Annual administration report of the Bombay Presidency - 1887-1892
Year: 1887
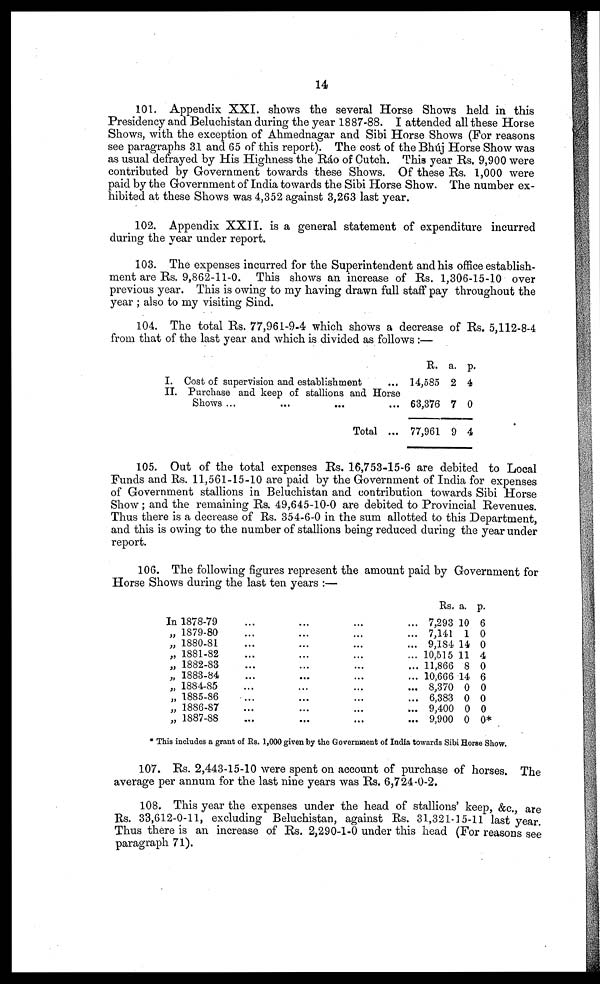
14
101. Appendix XXI. shows the several Horse Shows held in this
Presidency and Beluchistan during the year 1887-88. I attended all these Horse
Shows, with the exception of Ahmednagar and Sibi Horse Shows (For reasons
see paragraphs 31 and 65 of this report). The cost of the Bhúj Horse Show was
as usual defrayed by His Highness the Ráo of Cutch. This year Rs. 9,900 were
contributed by Government towards these Shows. Of these Rs. 1,000 were
paid by the Government of India towards the Sibi Horse Show. The number ex-
hibited at these Shows was 4,352 against 3,263 last year.
102. Appendix XXII. is a general statement of expenditure incurred
during the year under report.
103. The expenses incurred for the Superintendent and his office establish-
ment are Rs. 9,862-11-0. This shows an increase of Rs. 1,306-15-10 over
previous year. This is owing to my having drawn full staff pay throughout the
year ; also to my visiting Sind.
104. The total Rs. 77,961-9-4 which shows a decrease of Rs. 5,112-8-4
from that of the last year and which is divided as follows :—
I. Cost of supervision and establishment ...
II. Purchase and keep of stallions and Horse
Shows ... ... ... ...
Total ...
R.
14,585
63,376
77,961
a.
2
7
9
p.
4
0
4
105. Out of the total expenses Rs. 16,753-15-6 are debited to Local
Funds and Rs. 11,561-15-10 are paid by the Government of India for expenses
of Government stallions in Beluchistan and contribution towards Sibi Horse
Show; and the remaining Rs. 49,645-10-0 are debited to Provincial Revenues.
Thus there is a decrease of Rs. 354-6-0 in the sum allotted to this Department,
and this is owing to the number of stallions being reduced during the year under
report.
106. The following figures represent the amount paid by Government for
Horse Shows during the last ten years :—
In 1878-79 ... ... ... ...
„ 1879-80 ... ... ... ...
„ 1880-81 ... ... ... ...
„ 1881-82 ... ... ... ...
„ 1882-83 ... ... ... ...
„ 1883-84 ... ... ... ...
„ 1884-85 ... ... ... ...
„ 1885-86 ... ... ... ...
„ 1886-87 ... ... ... ...
„ 1887-88 ... ... ... ...
Rs.
7,293
7,141
9,184
10,515
11,866
10,666
8,370
6,383
9,400
9,900
a.
10
1
14
11
8
14
0
0
0
0
p.
6
0
0
4
0
6
0
0
0
0*
* This includes a grant of Rs. 1,000 given by the Government of India towards Sibi Horse Show.
107. Rs. 2,443-15-10 were spent on account of purchase of horses. The
average per annum for the last nine years was Rs. 6,724-0-2.
108. This year the expenses under the head of stallions' keep, &c., are
Rs. 33,612-0-11, excluding Beluchistan, against Rs. 31,321-15-11 last year.
Thus there is an increase of Rs. 2,290-1-0 under this head (For reasons see
paragraph 71).